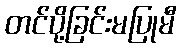
တင်ပို့ခြင်းမပြုမီ